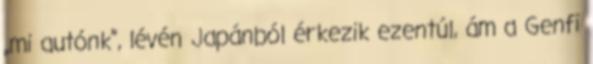
„mi autónk”, lévén Japánból érkezik ezentúl, ám a Genfi